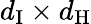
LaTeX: d_{\mathrm{I}}\times d_{\mathrm{H}}